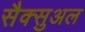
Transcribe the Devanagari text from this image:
सैक्सुअल